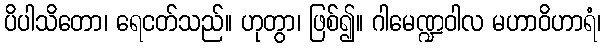
ပိပါသိတော၊ ရေငတ်သည်။ ဟုတွာ၊ ဖြစ်၍။ ဂါမေဏ္ဍဝါလ မဟာဝိဟာရံ၊